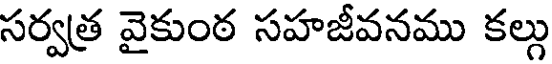
సర్వత్ర వైకుంఠ సహజీవనము కల్గు